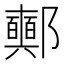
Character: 𨟛